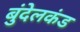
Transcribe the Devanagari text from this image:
बुंदेलकंड